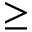
\geq